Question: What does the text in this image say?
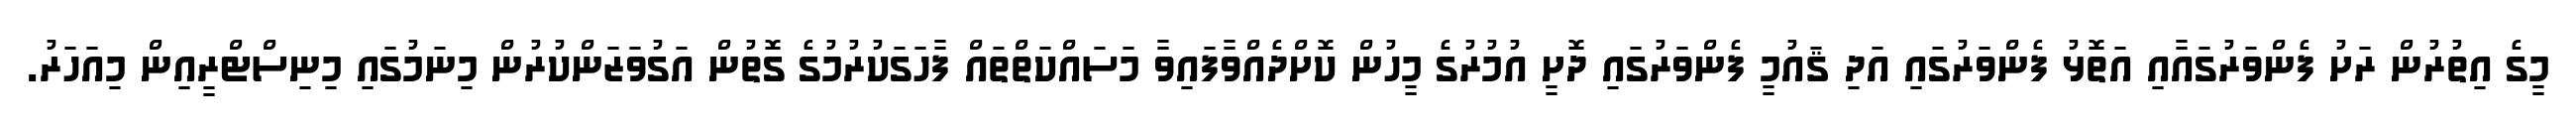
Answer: މީގެ އިތުރުން ރަށު ފެންވަރުގައާއި އަތޮޅު ފެންވަރުގައި އަދި ޤައުމީ ފެންވަރުގައި ދޮށީ އުމުރުގެ މީހުން ކޮށްދެއްވާފައިވާ މަސައްކަތްތައް ފާހަގަކުރުމުގެ ގޮތުން އަގުވަޒަންކުރުން މިނަމުގައި މިނިސްޓްރީއިން މިއަހަރު.